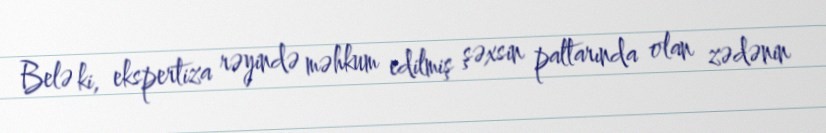
Belə ki, ekspertiza rəyində məhkum edilmiş şəxsin paltarında olan zədənin